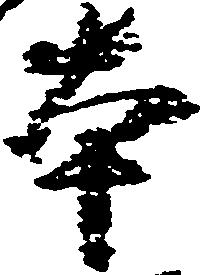
本